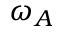
\omega _ { A }